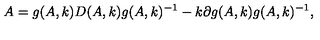
A = g ( A , k ) D ( A , k ) g ( A , k ) ^ { - 1 } - k \partial g ( A , k ) g ( A , k ) ^ { - 1 } ,